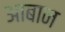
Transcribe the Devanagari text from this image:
आबान